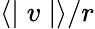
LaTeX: \langle\mid v\mid\rangle/r